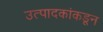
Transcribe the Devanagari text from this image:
उत्पादकांकडून